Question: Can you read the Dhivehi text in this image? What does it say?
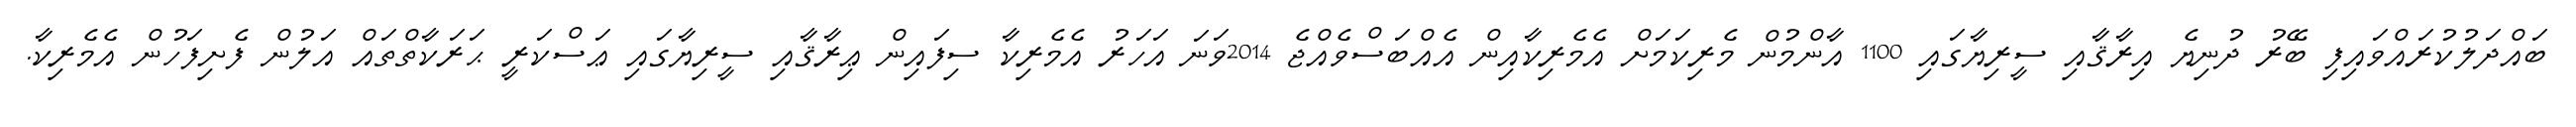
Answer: ބައްދަލުކުރައްވައިފި ބޭރު ދުނިޔެ އިރާޤާއި ސީރިޔާގައި 1100 އާންމުން މެރިކަމަށް އެމެރިކާއިން އެއްބަސްވެއްޖެ 2014ވަނަ އަހަރު އެމެރިކާ ސިފައިން ޢިރާޤާއި ސީރިޔާގައި ޢަސްކަރީ ޙަރަކާތްތައް އަލުން ފެށިފަހުން އެމެރިކާ.